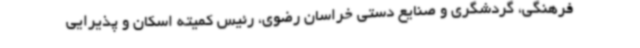
فرهنگی، گردشگری و صنایع دستی خراسان رضوی، رئیس کمیته اسکان و پذیرایی